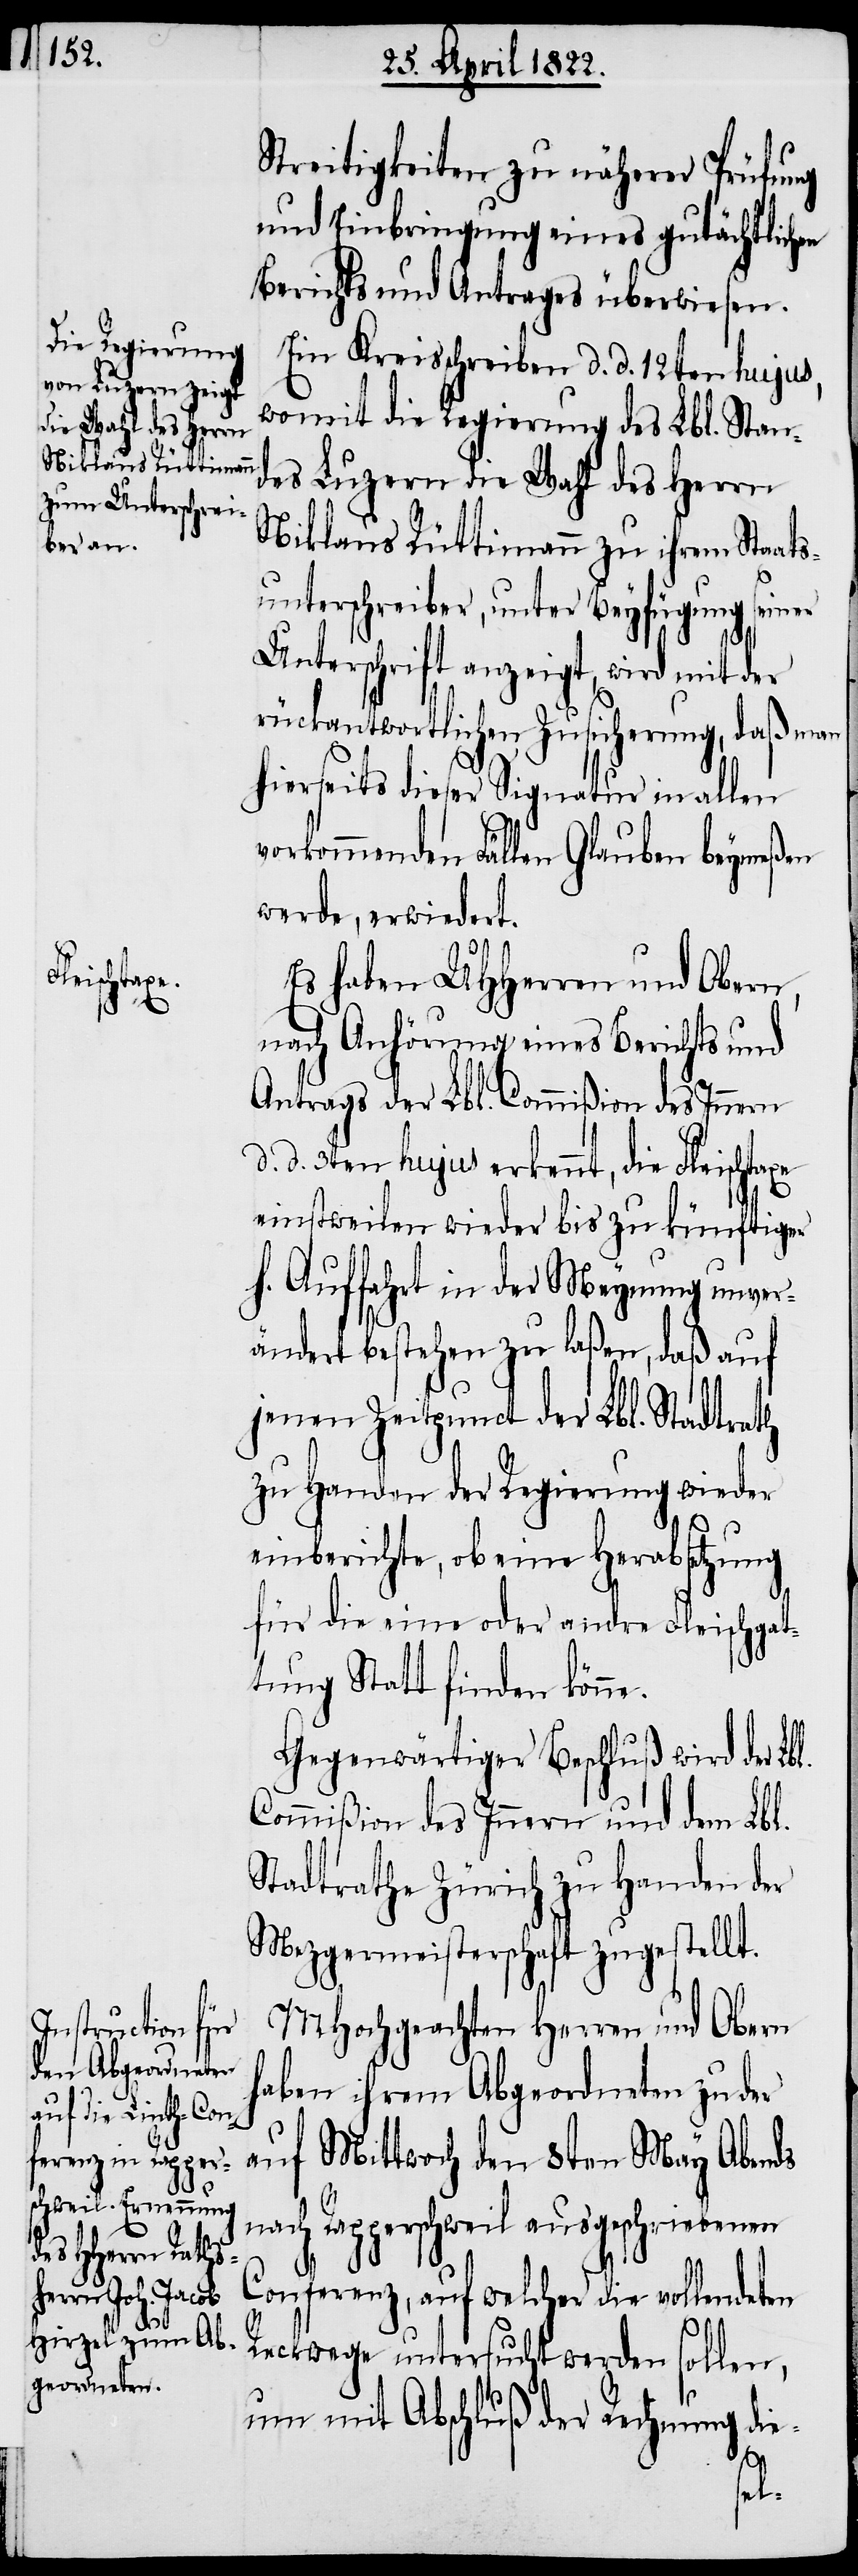
Streitigkeiten zu näherer Prüfung
und Einbringung eines gutächtlichen
Berichts und Antrages überwiesen.
Ein Kreisschreiben d. d. 12ten hujus,
womit die Regierung des Lbl. Stan¬
des Luzern die Wahl des Herrn
Niklaus Rüttimann zu ihrem Staats¬
unterschreiber, unter Beyfügung seiner
Unterschrift anzeigt, wird mit der
rückantwortlichen Zusicherung, daß man
hierseits dieser Signatur in allen
vorkommenden Fällen Glauben beymeßen
werde, erwiedert.
Es haben UHHerren und Obern,
nach Anhörung eines Berichts und
Antrags der Lbl. Commißion des Innern
d. d. 3ten hujus erkennt, die Fleischtaxe
einstweilen wieder bis zu künftiger
H. Auffahrt in der Meynung unver¬
ändert bestehen zu laßen, daß auf
jenen Zeitpunct der Lbl. Stadtrath
zu Handen der Regierung wieder
einberichte, ob eine Herabsetzung
für die eine oder andre Fleischtax¬
e Statt finden könn¬
Gegenwärtiger Beschluß wird der Lb¬
Commißion des Innern und dem Lbl.
Stadtrathe Zürich zu Handen der
Mezgermeisterschaft zugestellt.
MHochgeachten Herren und Obern
haben ihrem Abgeordneten zu der
auf Mittwoch den 8ten May Abends
nach Rapperschweil ausgeschriebenen
Conferenz, auf welcher die vollendeten
Reckwege untersucht werden sollen,
um mit Abschluß der Rechnung die
l.
e.